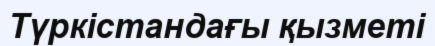
Түркістандағы қызметі